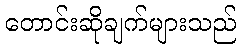
တောင်းဆိုချက်များသည်